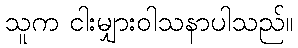
သူက ငါးမျှားဝါသနာပါသည်။